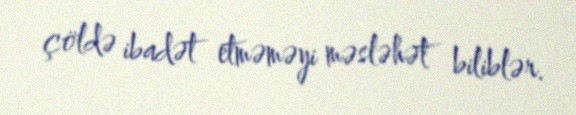
çöldə ibadət etməməyi məsləhət biliblər.